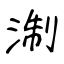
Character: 淛